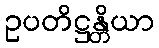
ဥပတိဋ္ဌန္တိယာ